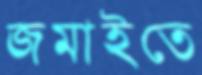
জমাইতে